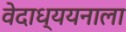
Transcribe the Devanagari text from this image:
वेदाध्ययनाला